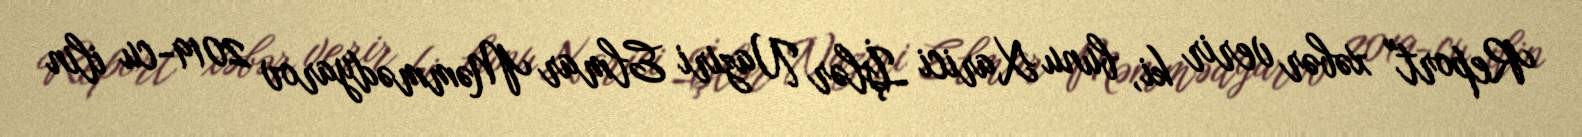
Report" xəbər verir ki, bunu Xarici İşlər Naziri Elmar Məmmədyarov 2019-cu ilin